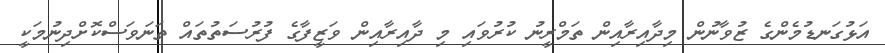
އަޅުގަނޑުމެންގެ ޒުވާނުން މިދާއިރާއިން ތަމްރީނު ކުރުވައި މި ދާއިރާއިން ވަޒީފާގެ ފުރުސަތުތައް ތަނަވަސްކޮށްދިނުމަކީ